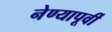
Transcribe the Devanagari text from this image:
नेण्यापूर्वी